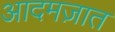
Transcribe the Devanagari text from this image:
आदमज़ात